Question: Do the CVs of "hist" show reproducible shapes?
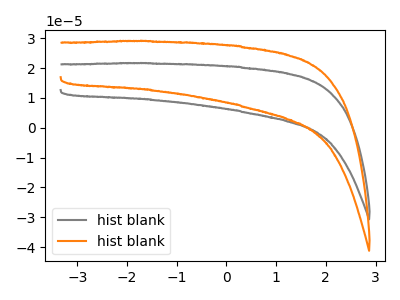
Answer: <think>The gray curve "hist blank1" has no peaks. The orange curve "hist blank2" has no peaks.
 Neither "hist blank1" or "hist blank2" have any peaks.</think>
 <answer>All the CV's of "hist" have similar shape.</answer>
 <eval>follow_rule</eval>